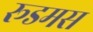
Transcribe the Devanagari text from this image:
रूडमस